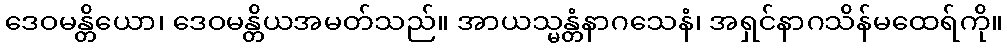
ဒေဝမန္တိယော၊ ဒေဝမန္တိယအမတ်သည်။ အာယသ္မန္တံနာဂသေနံ၊ အရှင်နာဂသိန်မထေရ်ကို။